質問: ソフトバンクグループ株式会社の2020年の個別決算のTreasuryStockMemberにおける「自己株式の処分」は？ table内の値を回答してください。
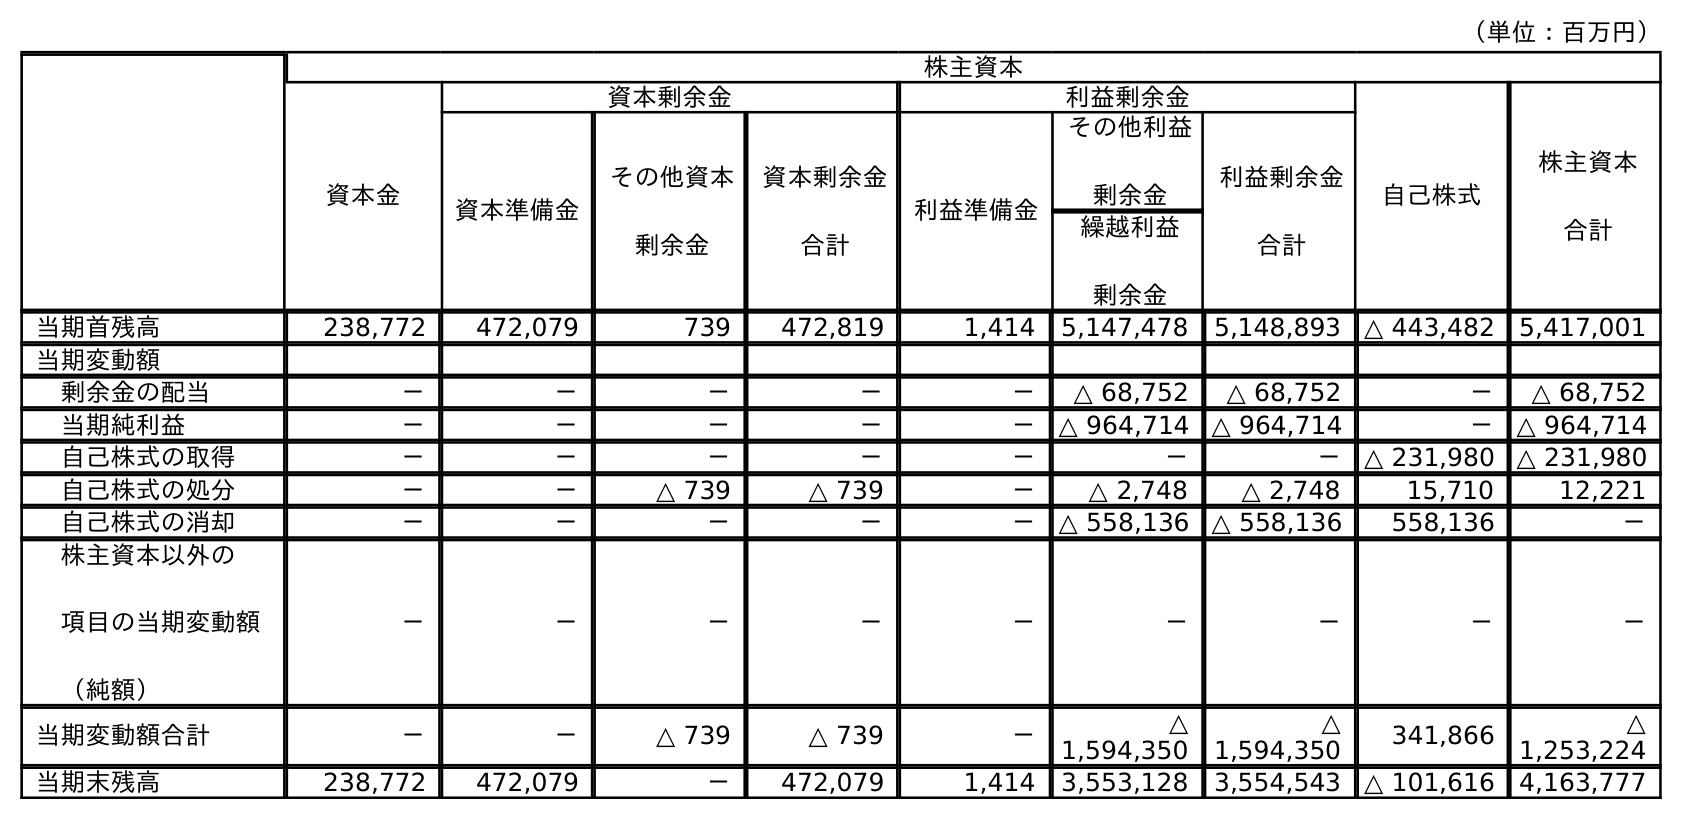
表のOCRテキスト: （単位：百万円） 株主資本 資本金 資本剰余金 利益剰余金 自己株式 株主資本 合計 資本準備金 その他資本 剰余金 資本剰余金 合計 利益準備金 その他利益 剰余金 利益剰余金 合計 繰越利益 剰余金 当期首残高 238,772 472,079 739 472,819 1,414 5,147,478 5,148,893 △ 443,482 5,417,001 当期変動額 剰余金の配当 － － － － － △ 68,752 △ 68,752 － △ 68,752 当期純利益 － － － － － △ 964,714 △ 964,714 － △ 964,714 自己株式の取得 － － － － － － － △ 231,980 △ 231,980 自己株式の処分 － － △ 739 △ 739 － △ 2,748 △ 2,748 15,710 12,221 自己株式の消却 － － － － － △ 558,136 △ 558,136 558,136 － 株主資本以外の 項目の当期変動額 （純額） － － － － － － － － － 当期変動額合計 － － △ 739 △ 739 － △ 1,594,350 △ 1,594,350 341,866 △ 1,253,224 当期末残高 238,772 472,079 － 472,079 1,414 3,553,128 3,554,543 △ 101,616 4,163,777
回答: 15,710